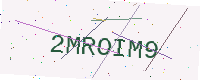
Text: 2MROIM9